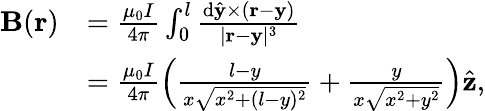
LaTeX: \begin{array}{rl}{\mathbf{B}(\mathbf{r})}&{=\frac{\mu_{0}I}{4\pi}\int_{0}^{l}\frac{\mathrm{d}\hat{\mathbf{y}}\times(\mathbf{r}-\mathbf{y})}{|\mathbf{r}-\mathbf{y}|^{3}}}\\ &{=\frac{\mu_{0}I}{4\pi}\left(\frac{l-y}{x\sqrt{x^{2}+(l-y)^{2}}}+\frac{y}{x\sqrt{x^{2}+y^{2}}}\right)\hat{\mathbf{z}},}\end{array}